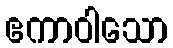
ဧကာဝါသော